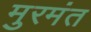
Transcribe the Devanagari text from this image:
मुरमंत